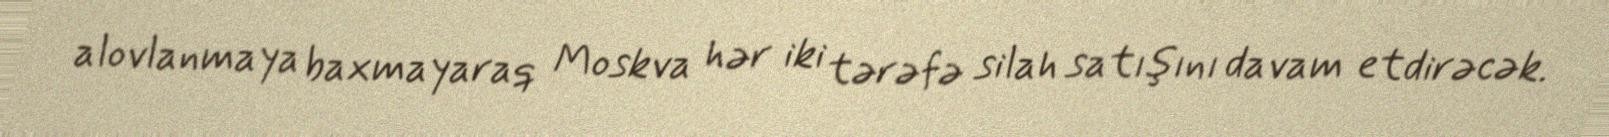
alovlanmaya baxmayaraq Moskva hər iki tərəfə silah satışını davam etdirəcək.